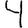
Digit: 4